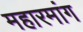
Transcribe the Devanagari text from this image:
महारमांग